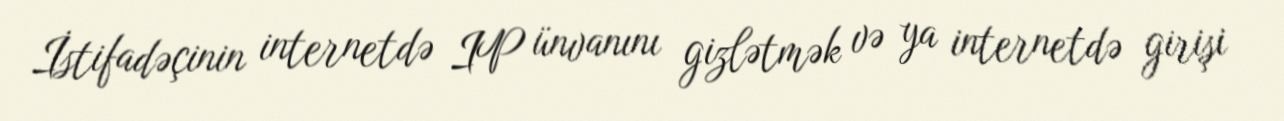
İstifadəçinin internetdə IP ünvanını gizlətmək və ya internetdə girişi